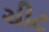
ચીટ